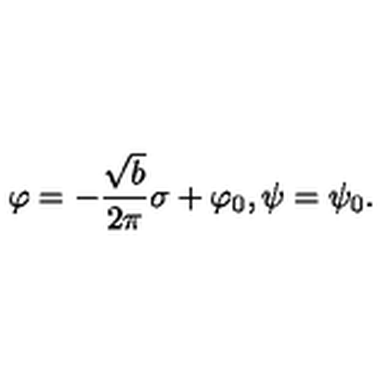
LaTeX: \varphi = - \frac { \sqrt { b } } { 2 \pi } \sigma + \varphi _ { 0 } , \psi = \psi _ { 0 } .